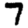
Digit: 7